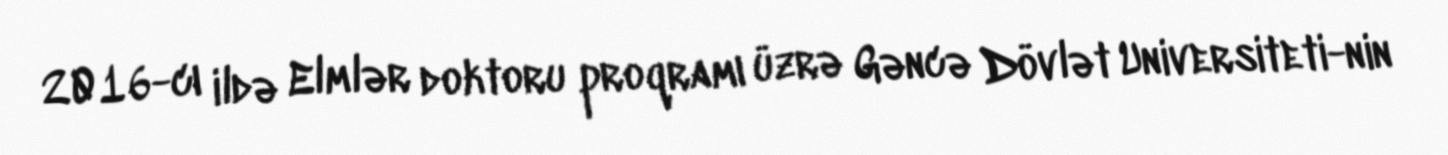
2016-cı ildə Elmlər doktoru proqramı üzrə Gəncə Dövlət Universiteti-nin